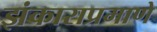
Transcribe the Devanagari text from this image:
झंकाराप्रमाणे